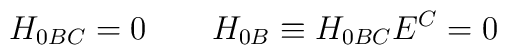
H_{0BC}=0 \qquad  H_{0B}\equiv H_{0BC} E^C =0